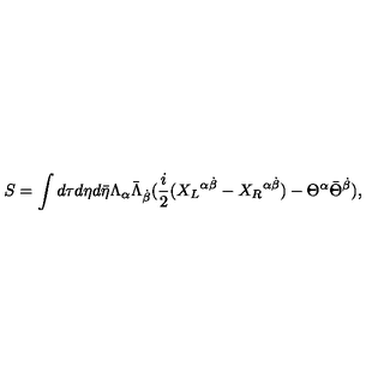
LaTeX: S = \int d \tau d \eta d { \bar { \eta } } \Lambda _ { \alpha } { \bar { \Lambda } } _ { \dot { \beta } } ( { \frac { i } { 2 } } ( { X _ { L } } ^ { \alpha \dot { \beta } } - { X _ { R } } ^ { \alpha \dot { \beta } } ) - \Theta ^ { \alpha } { \bar { \Theta } } ^ { \dot { \beta } } ) ,